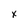
Character: x